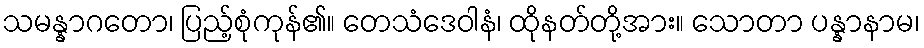
သမန္နာဂတော၊ ပြည့်စုံကုန်၏။ တေသံဒေဝါနံ၊ ထိုနတ်တို့အား။ သောတာ ပန္နာနာမ၊